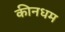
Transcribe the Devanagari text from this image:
कीनधम